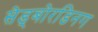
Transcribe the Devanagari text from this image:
सेड्बोरडिनग